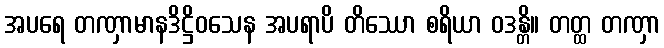
အပရေ တဏှာမာနဒိဋ္ဌိဝသေန အပရာပိ တိဿော စရိယာ ဝဒန္တိ။ တတ္ထ တဏှာ